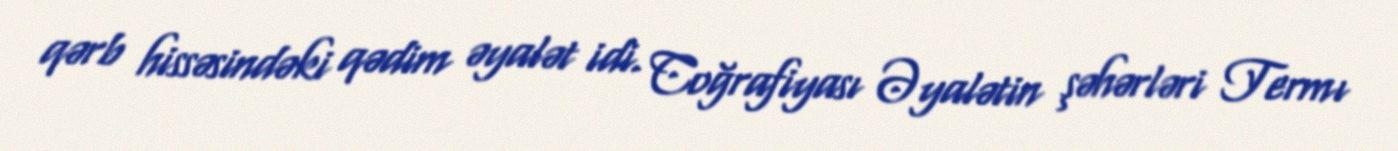
qərb hissəsindəki qədim əyalət idi. Coğrafiyası Əyalətin şəhərləri Termı